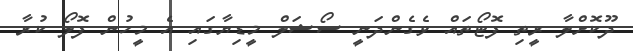
ދޫކޮށްލާ ރީތި ފޮޓޯތައް ވެގެންދަނީ ސޯޝަލް މީޑިޔާގައި އެ މީހުން ފޮލޯ ކުރާ